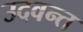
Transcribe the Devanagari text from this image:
उदवन्त